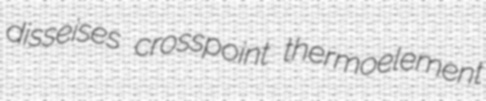
disseises crosspoint thermoelement